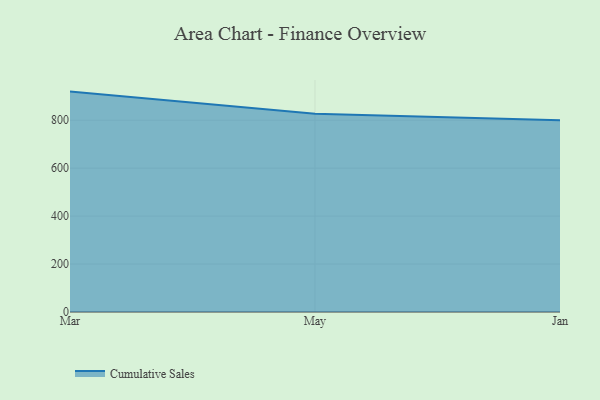
{"axis": {"x": "Month", "y": "Bounce Rate (%)"}, "legend": ["Cumulative Sales"], "data": [{"x": "Mar", "y": 919.5, "type": "Cumulative Sales"}, {"x": "May", "y": 826.9, "type": "Cumulative Sales"}, {"x": "Jan", "y": 800, "type": "Cumulative Sales"}]}